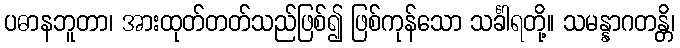
ပဓာနဘူတာ၊ အားထုတ်တတ်သည်ဖြစ်၍ ဖြစ်ကုန်သော သင်္ခါရတို့။ သမန္နာဂတန္တိ၊